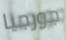
جورجيا